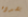
بصدده